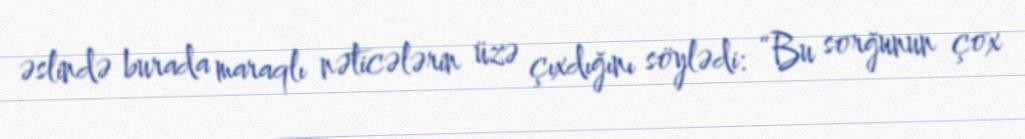
əslində burada maraqlı nəticələrin üzə çıxdığını söylədi: “Bu sorğunun çox